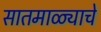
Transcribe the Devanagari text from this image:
सातमाळ्याचे